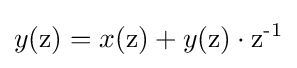
y({\text{z}})=x({\text{z}})+y({\text{z}})\cdot {\text{z}}^{\text{-1}}